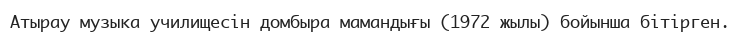
Атырау музыка училищесін домбыра мамандығы (1972 жылы) бойынша бітірген.